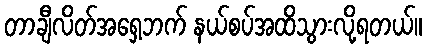
တာချီလိတ်အရှေ့ဘက် နယ်စပ်အထိသွားလို့ရတယ်။